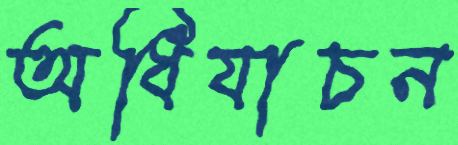
অধিযাচন